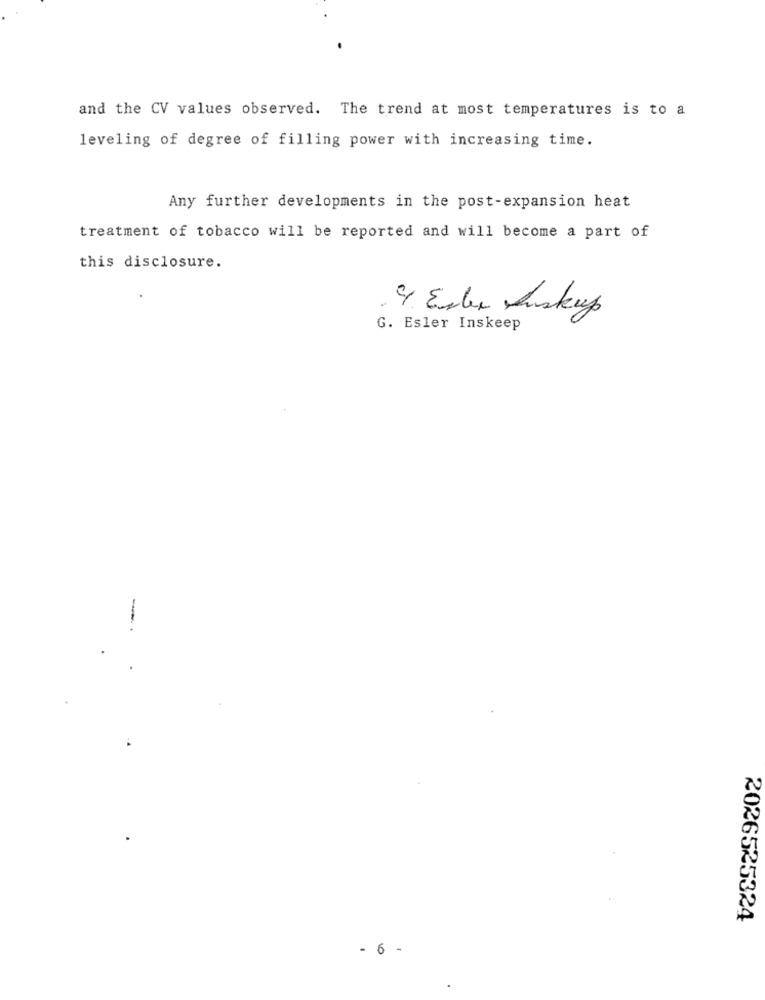
and the CV values observed. The trend at most temperatures is to a
leveling of degree of filling power with increasing time.
Any further developments in the post-expansion heat
treatment of tobacco will be reported and will become a part of
this disclosure.
G. Esler Inskeep
2026525324
- 6